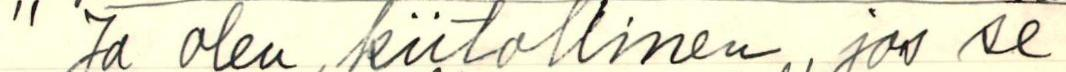
" Ja olen kiitollinen, jos se